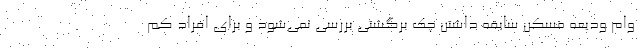
وام ودیعه مسکن سابقه داشتن چک برگشتی بررسی نمی‌شود و برای افراد کم